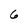
Character: 6